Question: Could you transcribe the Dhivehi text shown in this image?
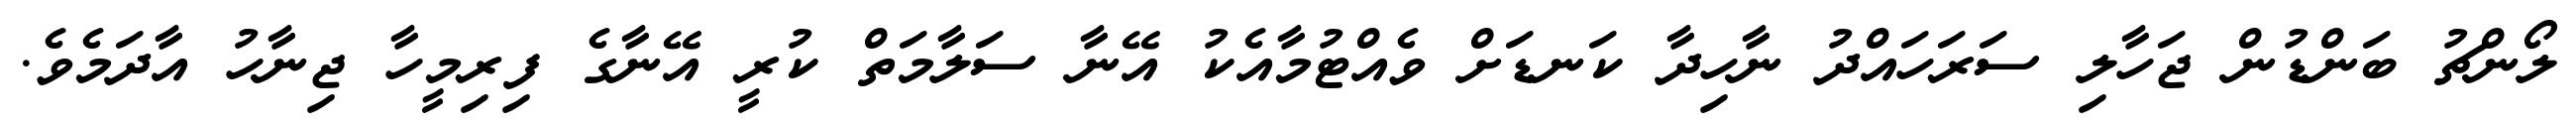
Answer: ލޯންޗު ބަންޑުން ޖަހާލި ސަރަހައްދު ނާހިދާ ކަނޑަށް ވެއްޓުމާއެކު އޭނާ ސަލާމަތް ކުރީ އޭނާގެ ފިރިމީހާ ޖިނާހު އާދަމެވެ.